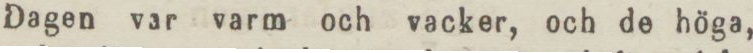
Dagen var varm och vacker, och de höga,